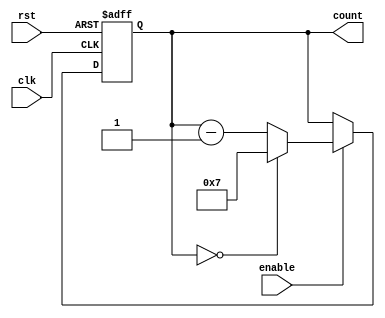
module ModuloNDownCounter (
  input wire clk,
  input wire rst,
  input wire enable,
  output reg [N-1:0] count
);

parameter N = 8; // specify the value of N

always @(posedge clk or posedge rst) begin
  if (rst) begin
    count <= N-1; // initialize the counter to N-1
  end else begin
    if (enable) begin
      if (count == 0) begin
        count <= N-1; // reset the counter to N-1 when reaching 0
      end else begin
        count <= count - 1; // decrement the counter by 1
      end
    end
  end
end

endmodule